Civil Veterinary Department Bihar reports 1936-40 - 1936-1940
Year: 1936
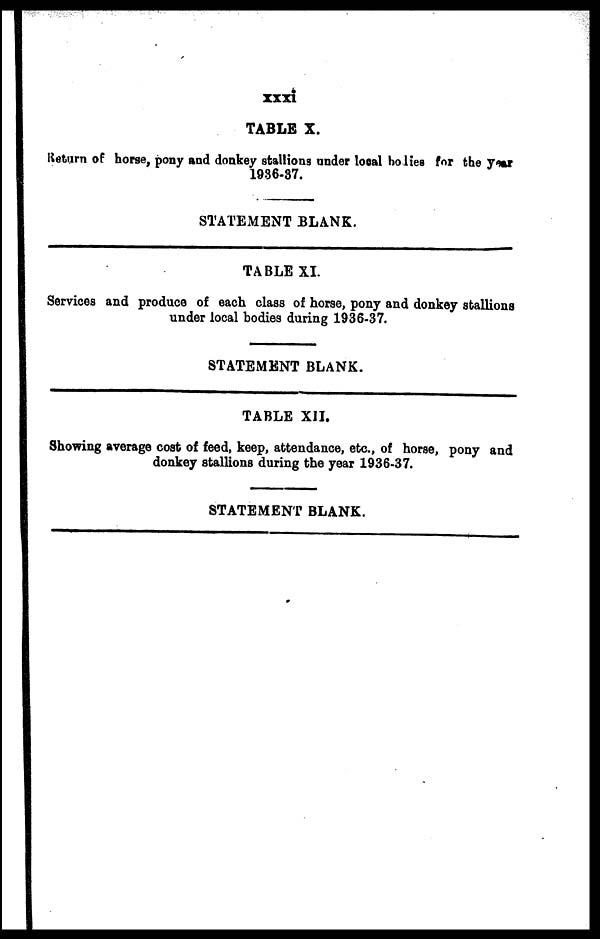
xxxi
TABLE X.
Return of horse, pony and donkey stallions under local bodies for the year
1936-37.
STATEMENT BLANK.
TABLE XI.
Services and produce of each class of horse, pony and donkey stallions
under local bodies during 1936-37.
STATEMENT BLANK.
TABLE XII.
Showing average cost of feed, keep, attendance, etc., of horse, pony and
donkey stallions during the year 1936-37.
STATEMENT BLANK.